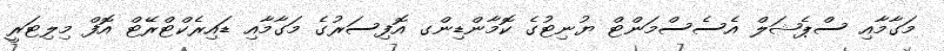
މަގާމާއި ސްޕެޝަލް އެސެސްމަންޓް ޔުނިޓުގެ ކޮމާންޑިންގ އޮފިސަރުގެ މަގާމާއި ޑައިރެކްޓްރޭޓް އޮފް މިލިޓަރީ